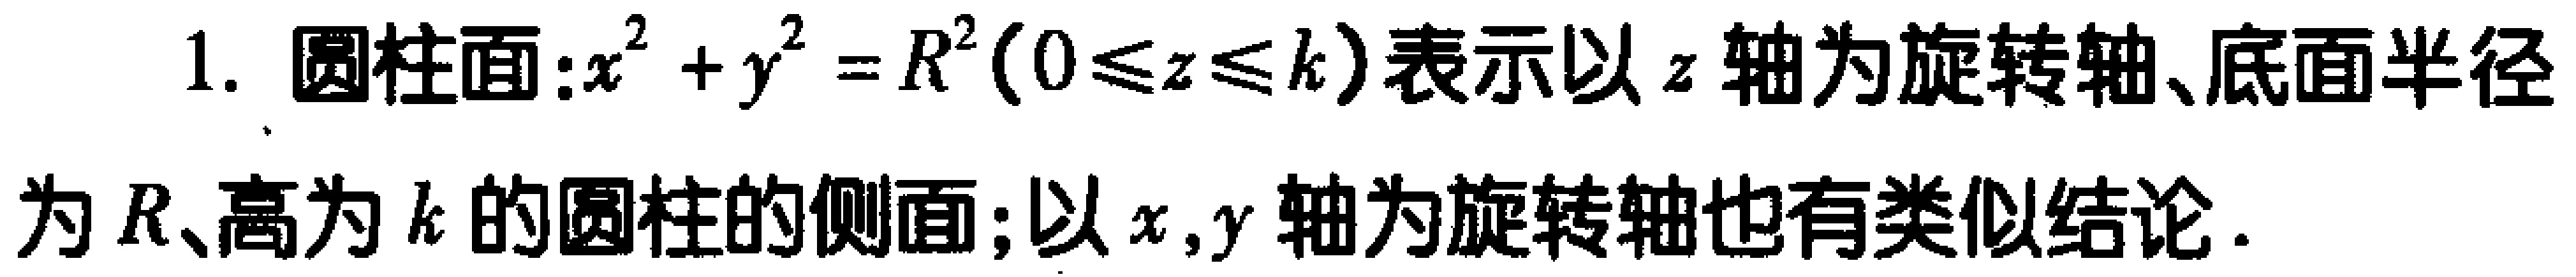
1. 圆柱面:$x^{2}+y^{2}=R^{2}(0\leq z\leq k)$表示以$z$轴为旋转轴、底面半径为$R$、高为$k$的圆柱的侧面；以$x,y$轴为旋转轴也有类似结论.